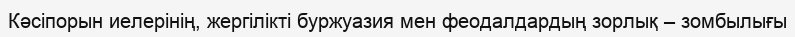
Кәсіпорын иелерінің, жергілікті буржуазия мен феодалдардың зорлық – зомбылығы